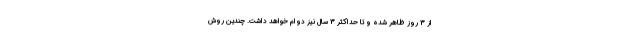
از 3 روز ظاهر شده و تا حداکثر 3 سال نیز دوام خواهد داشت. چندین روش